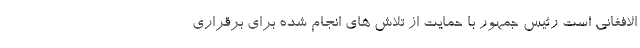
الافغانی است رئیس جمهور با حمایت از تلاش های انجام شده برای برقراری